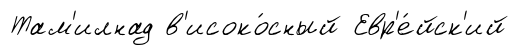
Там'илнад в'исоко́сный Евр'е́йск'ий